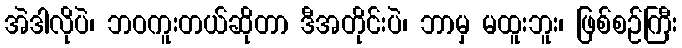
အဲဒါလိုပဲ၊ ဘဝကူးတယ်ဆိုတာ ဒီအတိုင်းပဲ၊ ဘာမှ မထူးဘူး၊ ဖြစ်စဉ်ကြီး